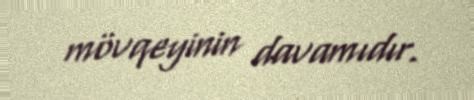
mövqeyinin davamıdır.